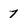
Character: 7